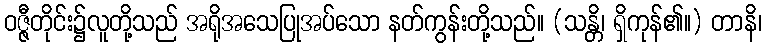
ဝဇ္ဇီတိုင်း၌လူတို့သည် အရိုအသေပြုအပ်သော နတ်ကွန်းတို့သည်။ (သန္တိ၊ ရှိကုန်၏။) တာနိ၊